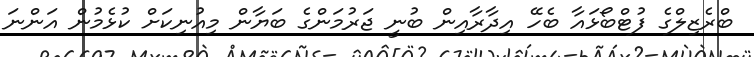
ބްރެޒިލްގެ ފުޓްބޯޅައާ ބެހޭ އިދާރާއިން ބުނީ ޖަރުމަންގެ ބަޔާން މިއުނިކަށް ކުޅެމުން އަންނަ